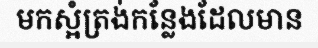
មកស្អំត្រង់កន្លែងដែលមាន